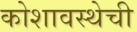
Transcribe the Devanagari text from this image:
कोशावस्थेची